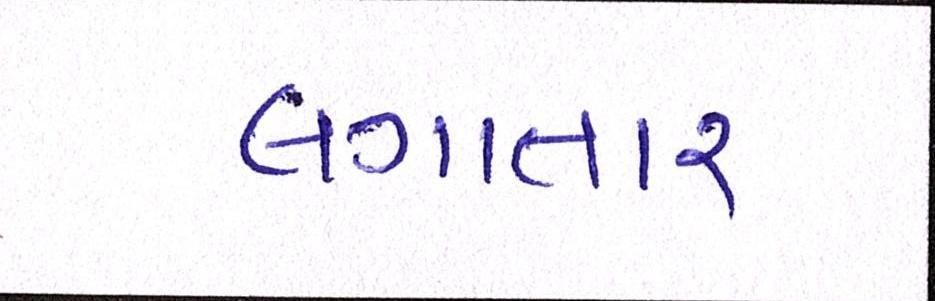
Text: લગાતાર